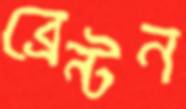
ব্রেন্টন